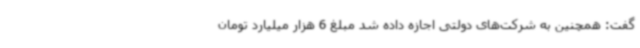
گفت: همچنین به شرکت‌های دولتی اجازه داده شد مبلغ 6 هزار میلیارد تومان